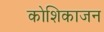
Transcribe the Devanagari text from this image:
कोशिकाजन